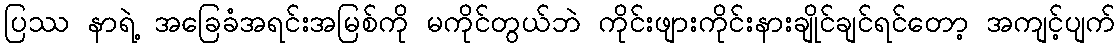
ပြဿ နာရဲ့ အခြေခံအရင်းအမြစ်ကို မကိုင်တွယ်ဘဲ ကိုင်းဖျားကိုင်းနားချိုင်ချင်ရင်တော့ အကျင့်ပျက်